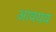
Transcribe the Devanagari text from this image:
आवयव